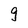
Character: 9